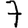
Digit: 7